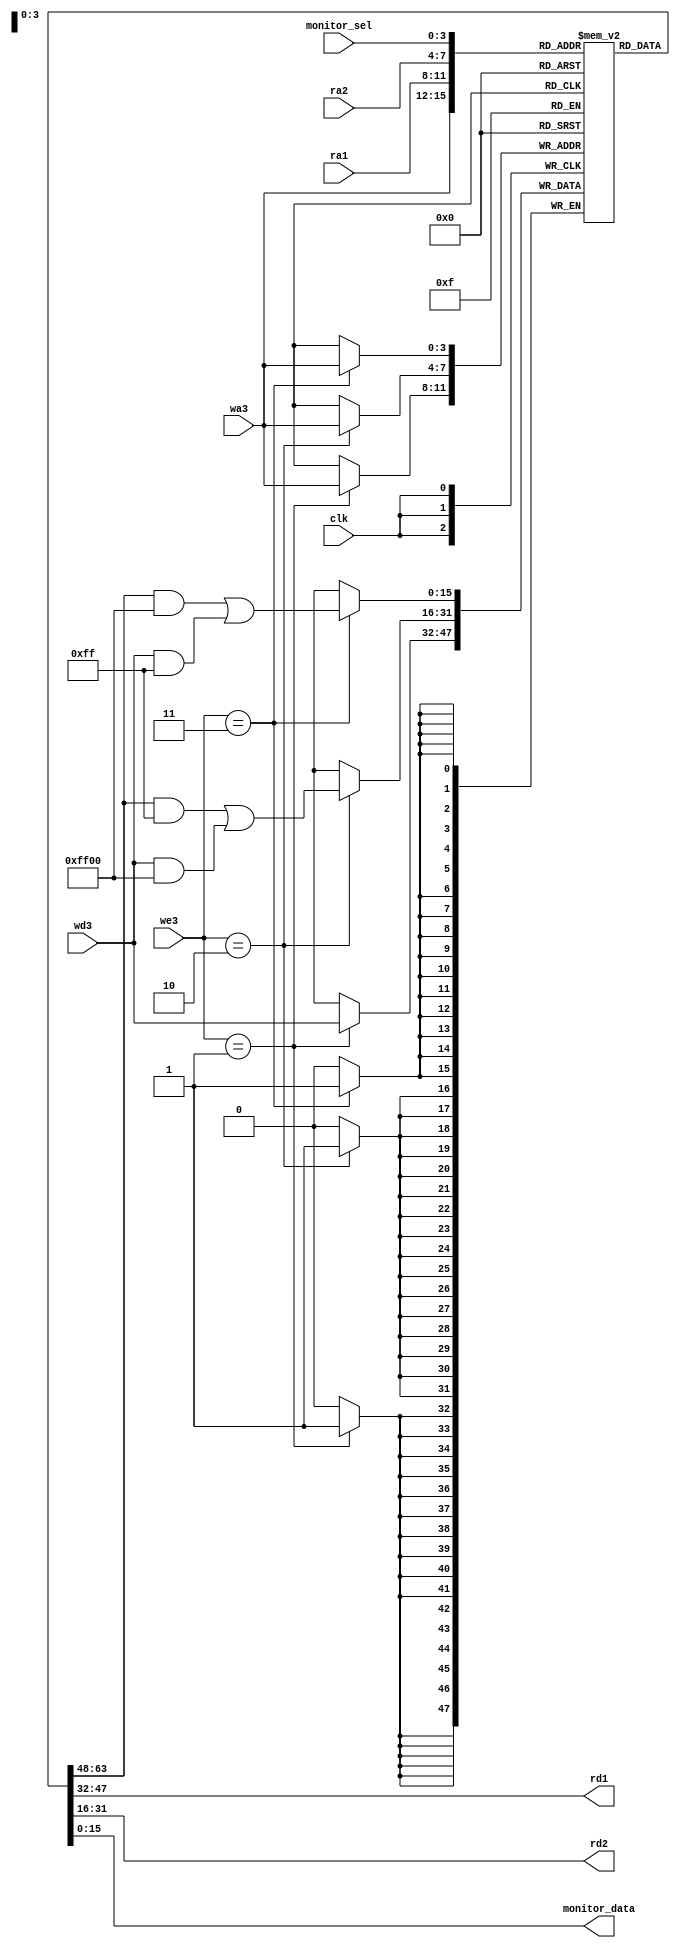
//
// The register file consists of sixteen 16-bit registers.

module regfile #(parameter WIDTH = 16)
(
	input  wire               clk,
	input  wire [3:0]         ra1,         // read address #1
	input  wire [3:0]         ra2,         // read address #2
	input  wire [3:0]         wa3,         // write address #3
	input  wire [1:0]         we3,         // write enable for LSB/MSB/both
	input  wire [WIDTH-1:0]   wd3,         // input data
	input  wire [3:0]         monitor_sel, // select the register for monitoring
	output wire [WIDTH-1:0]   rd1,         // read data 1
	output wire [WIDTH-1:0]   rd2,         // read data 2
	output wire [WIDTH-1:0]   monitor_data // the contents of the monitored register
);

reg [WIDTH-1:0] rf[15:0];

always @(posedge clk)
	case ( we3 )
		// write LSB
		2'b11: rf[wa3] <= ( rf[wa3] & { {WIDTH/2{1'b1}}, {WIDTH/2{1'b0}} } )
			| ( wd3 & { {WIDTH/2{1'b0}}, {WIDTH/2{1'b1}} }) ;

		// write MSB
		2'b10: rf[wa3] <= ( rf[wa3] & { {WIDTH/2{1'b0}}, {WIDTH/2{1'b1}} } )
			| ( wd3 & { {WIDTH/2{1'b1}}, {WIDTH/2{1'b0}} }) ;

		// write both bytes;
		2'b01: rf[wa3] <= wd3;
        
        // default not needed in the sequential part
        // 2'b00 - no write
	endcase

assign rd1          =  rf[ra1];
assign rd2          =  rf[ra2];

assign monitor_data = rf[monitor_sel];

endmodule